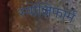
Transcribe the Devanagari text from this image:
स्पोंजिफार्म